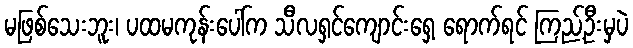
မဖြစ်သေးဘူး၊ ပထမကုန်းပေါ်က သီလရှင်ကျောင်းရှေ့ ရောက်ရင် ကြည့်ဦးမှပဲ